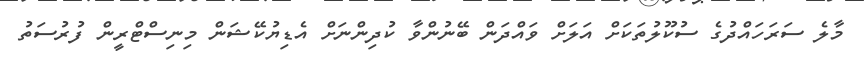
މާލެ ސަރަހައްދުގެ ސުކޫލުތަކަށް އަލަށް ވައްދަން ބޭނުންވާ ކުދިންނަށް އެޑިޔުކޭޝަން މިނިސްޓްރީން ފުރުސަތު